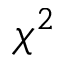
\chi ^ { 2 }